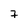
Character: 7